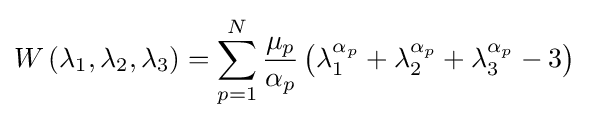
W\left(\lambda _{1},\lambda _{2},\lambda _{3}\right)=\sum _{p=1}^{N}{\frac {\mu _{p}}{\alpha _{p}}}\left(\lambda _{1}^{\alpha _{p}}+\lambda _{2}^{\alpha _{p}}+\lambda _{3}^{\alpha _{p}}-3\right)